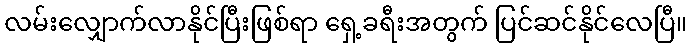
လမ်းလျှောက်လာနိုင်ပြီးဖြစ်ရာ ရှေ့ခရီးအတွက် ပြင်ဆင်နိုင်လေပြီ။